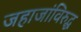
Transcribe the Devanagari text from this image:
जहाजांविरुद्ध